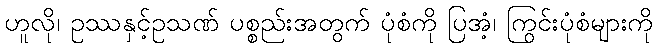
ဟူလို၊ ဥဿနှင့်ဥသဏ် ပစ္စည်းအတွက် ပုံစံကို ပြအံ့၊ ကြွင်းပုံစံများကို